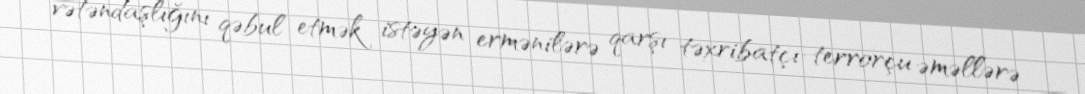
vətəndaşlığını qəbul etmək istəyən ermənilərə qarşı təxribatçı-terrorçu əməllərə